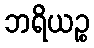
ဘရိယဉ္စ